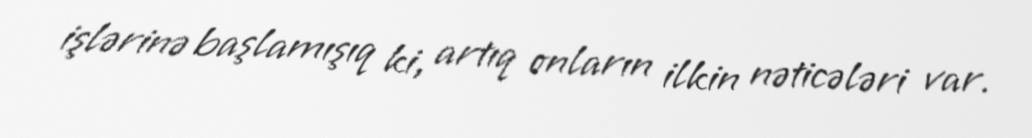
işlərinə başlamışıq ki, artıq onların ilkin nəticələri var.